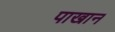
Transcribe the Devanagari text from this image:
पाखान